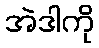
အဲဒါကို